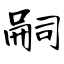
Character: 嗣